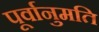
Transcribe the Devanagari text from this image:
पूर्वानुमति